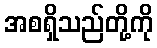
အစရှိသည်တို့ကို